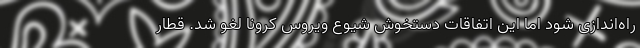
راه‌اندازی شود اما این اتفاقات دستخوش شیوع ویروس کرونا لغو شد. قطار